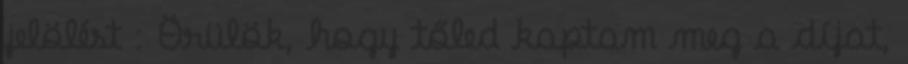
jelölést : Örülök, hogy tőled kaptam meg a díjat,